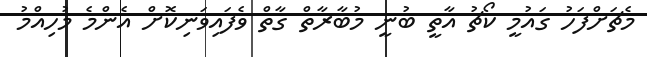
މެޗަށްފަހު ގައުމީ ކޯޗު އާތީ ބުނީ މުބާރާތް ގާތް ވެފައިވަނިކޮށް އެންމެ މުހިއްމު